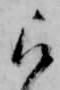
被